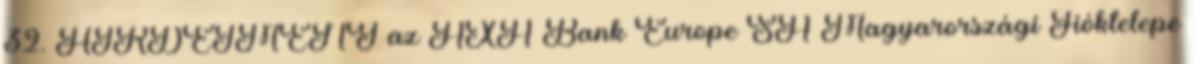
32. HIRDETMÉNY az AXA Bank Europe SA Magyarországi Fióktelepe